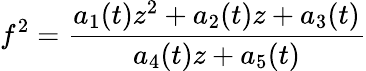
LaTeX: f^{2}=\frac{a_{1}(t)z^{2}+a_{2}(t)z+a_{3}(t)}{a_{4}(t)z+a_{5}(t)}